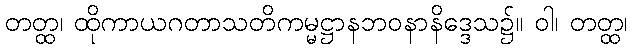
တတ္ထ၊ ထိုကာယဂတာသတိကမ္မဋ္ဌာနဘဝနာနိဒ္ဒေသ၌။ ဝါ၊ တတ္ထ၊